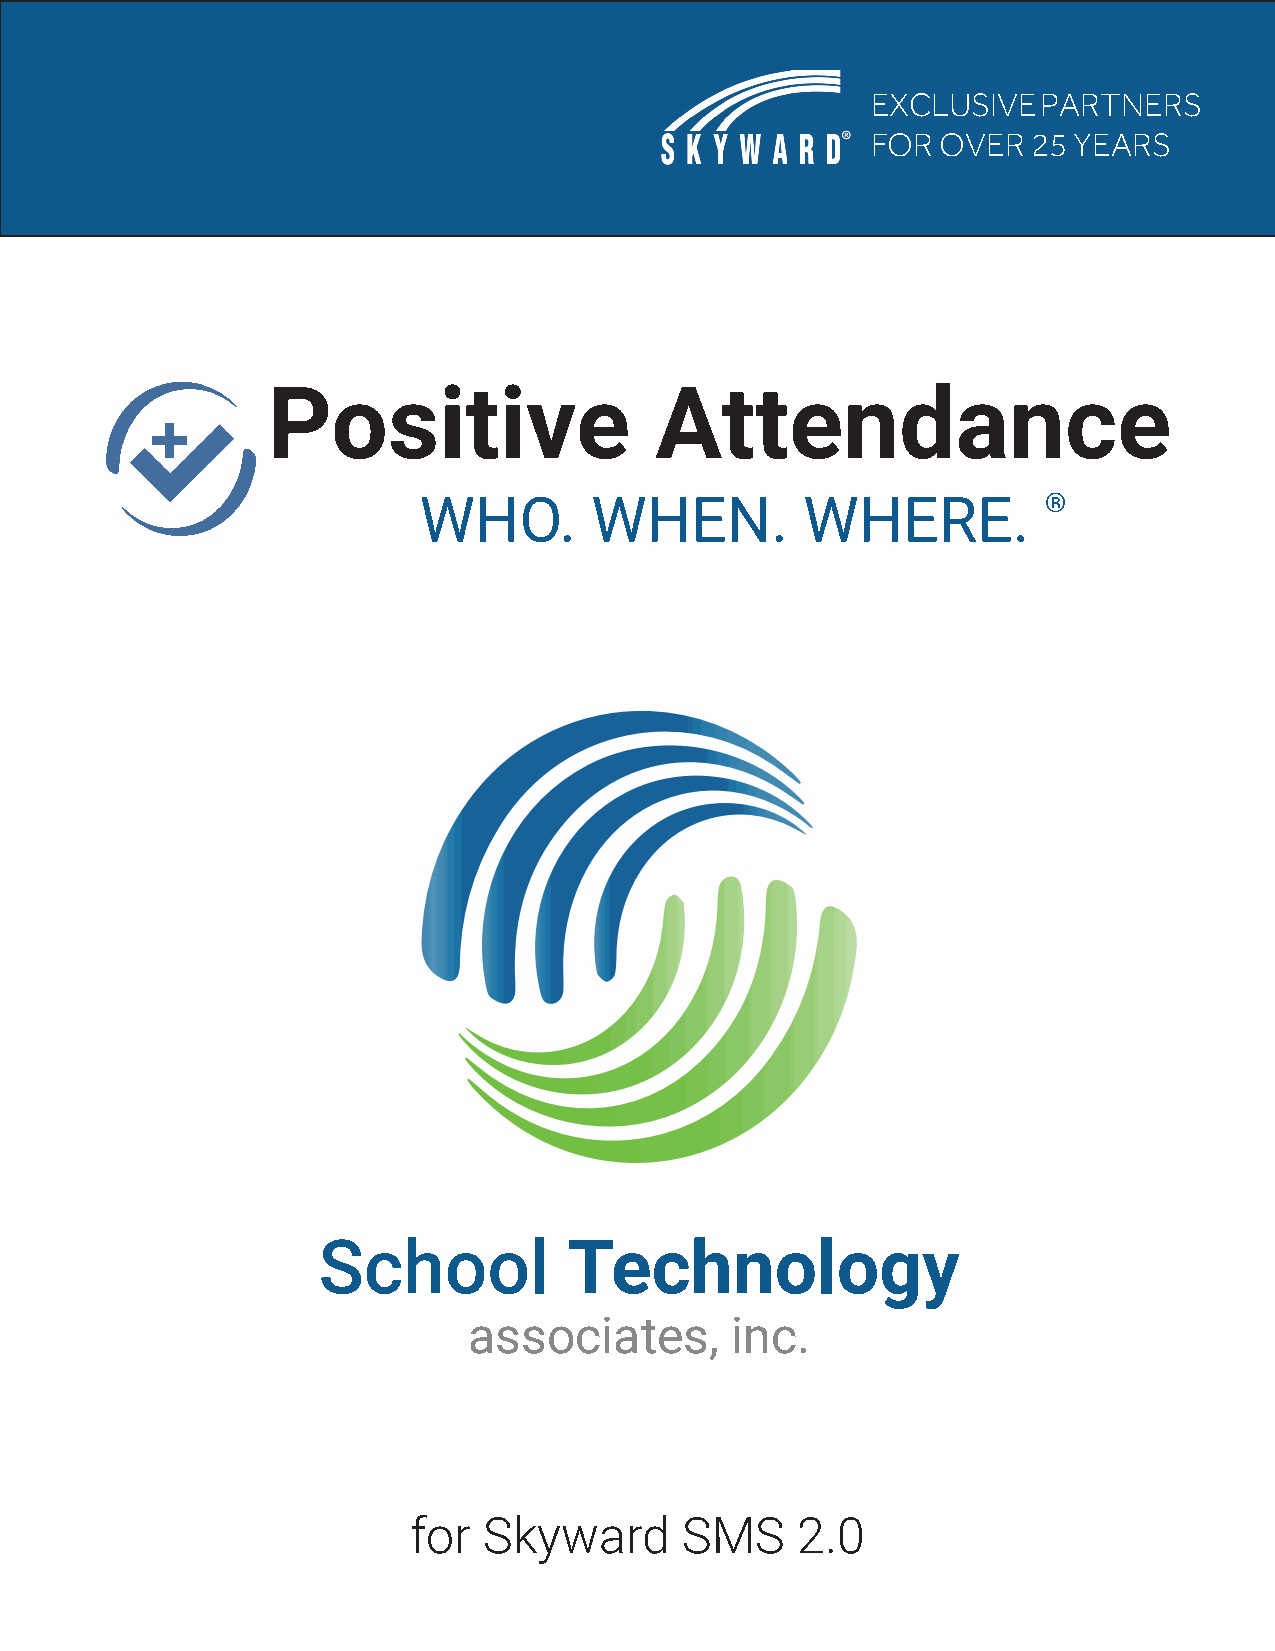
EXCLUSIVE  PARTNERS
 FOR OVER  25 YEARS
 Positive                 Attendance
 WHO.       WHEN.         WHERE.          ®
 School           Technology
 associates,      inc.
 for  Skyward      SMS     2.0